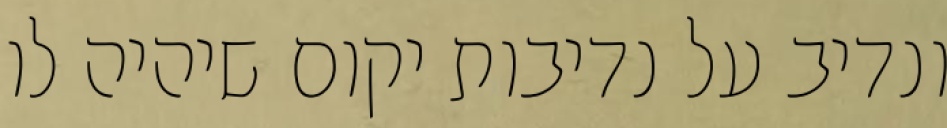
ונדיב על נדיבות יקום שיהיה לו